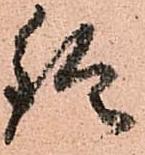
鈴